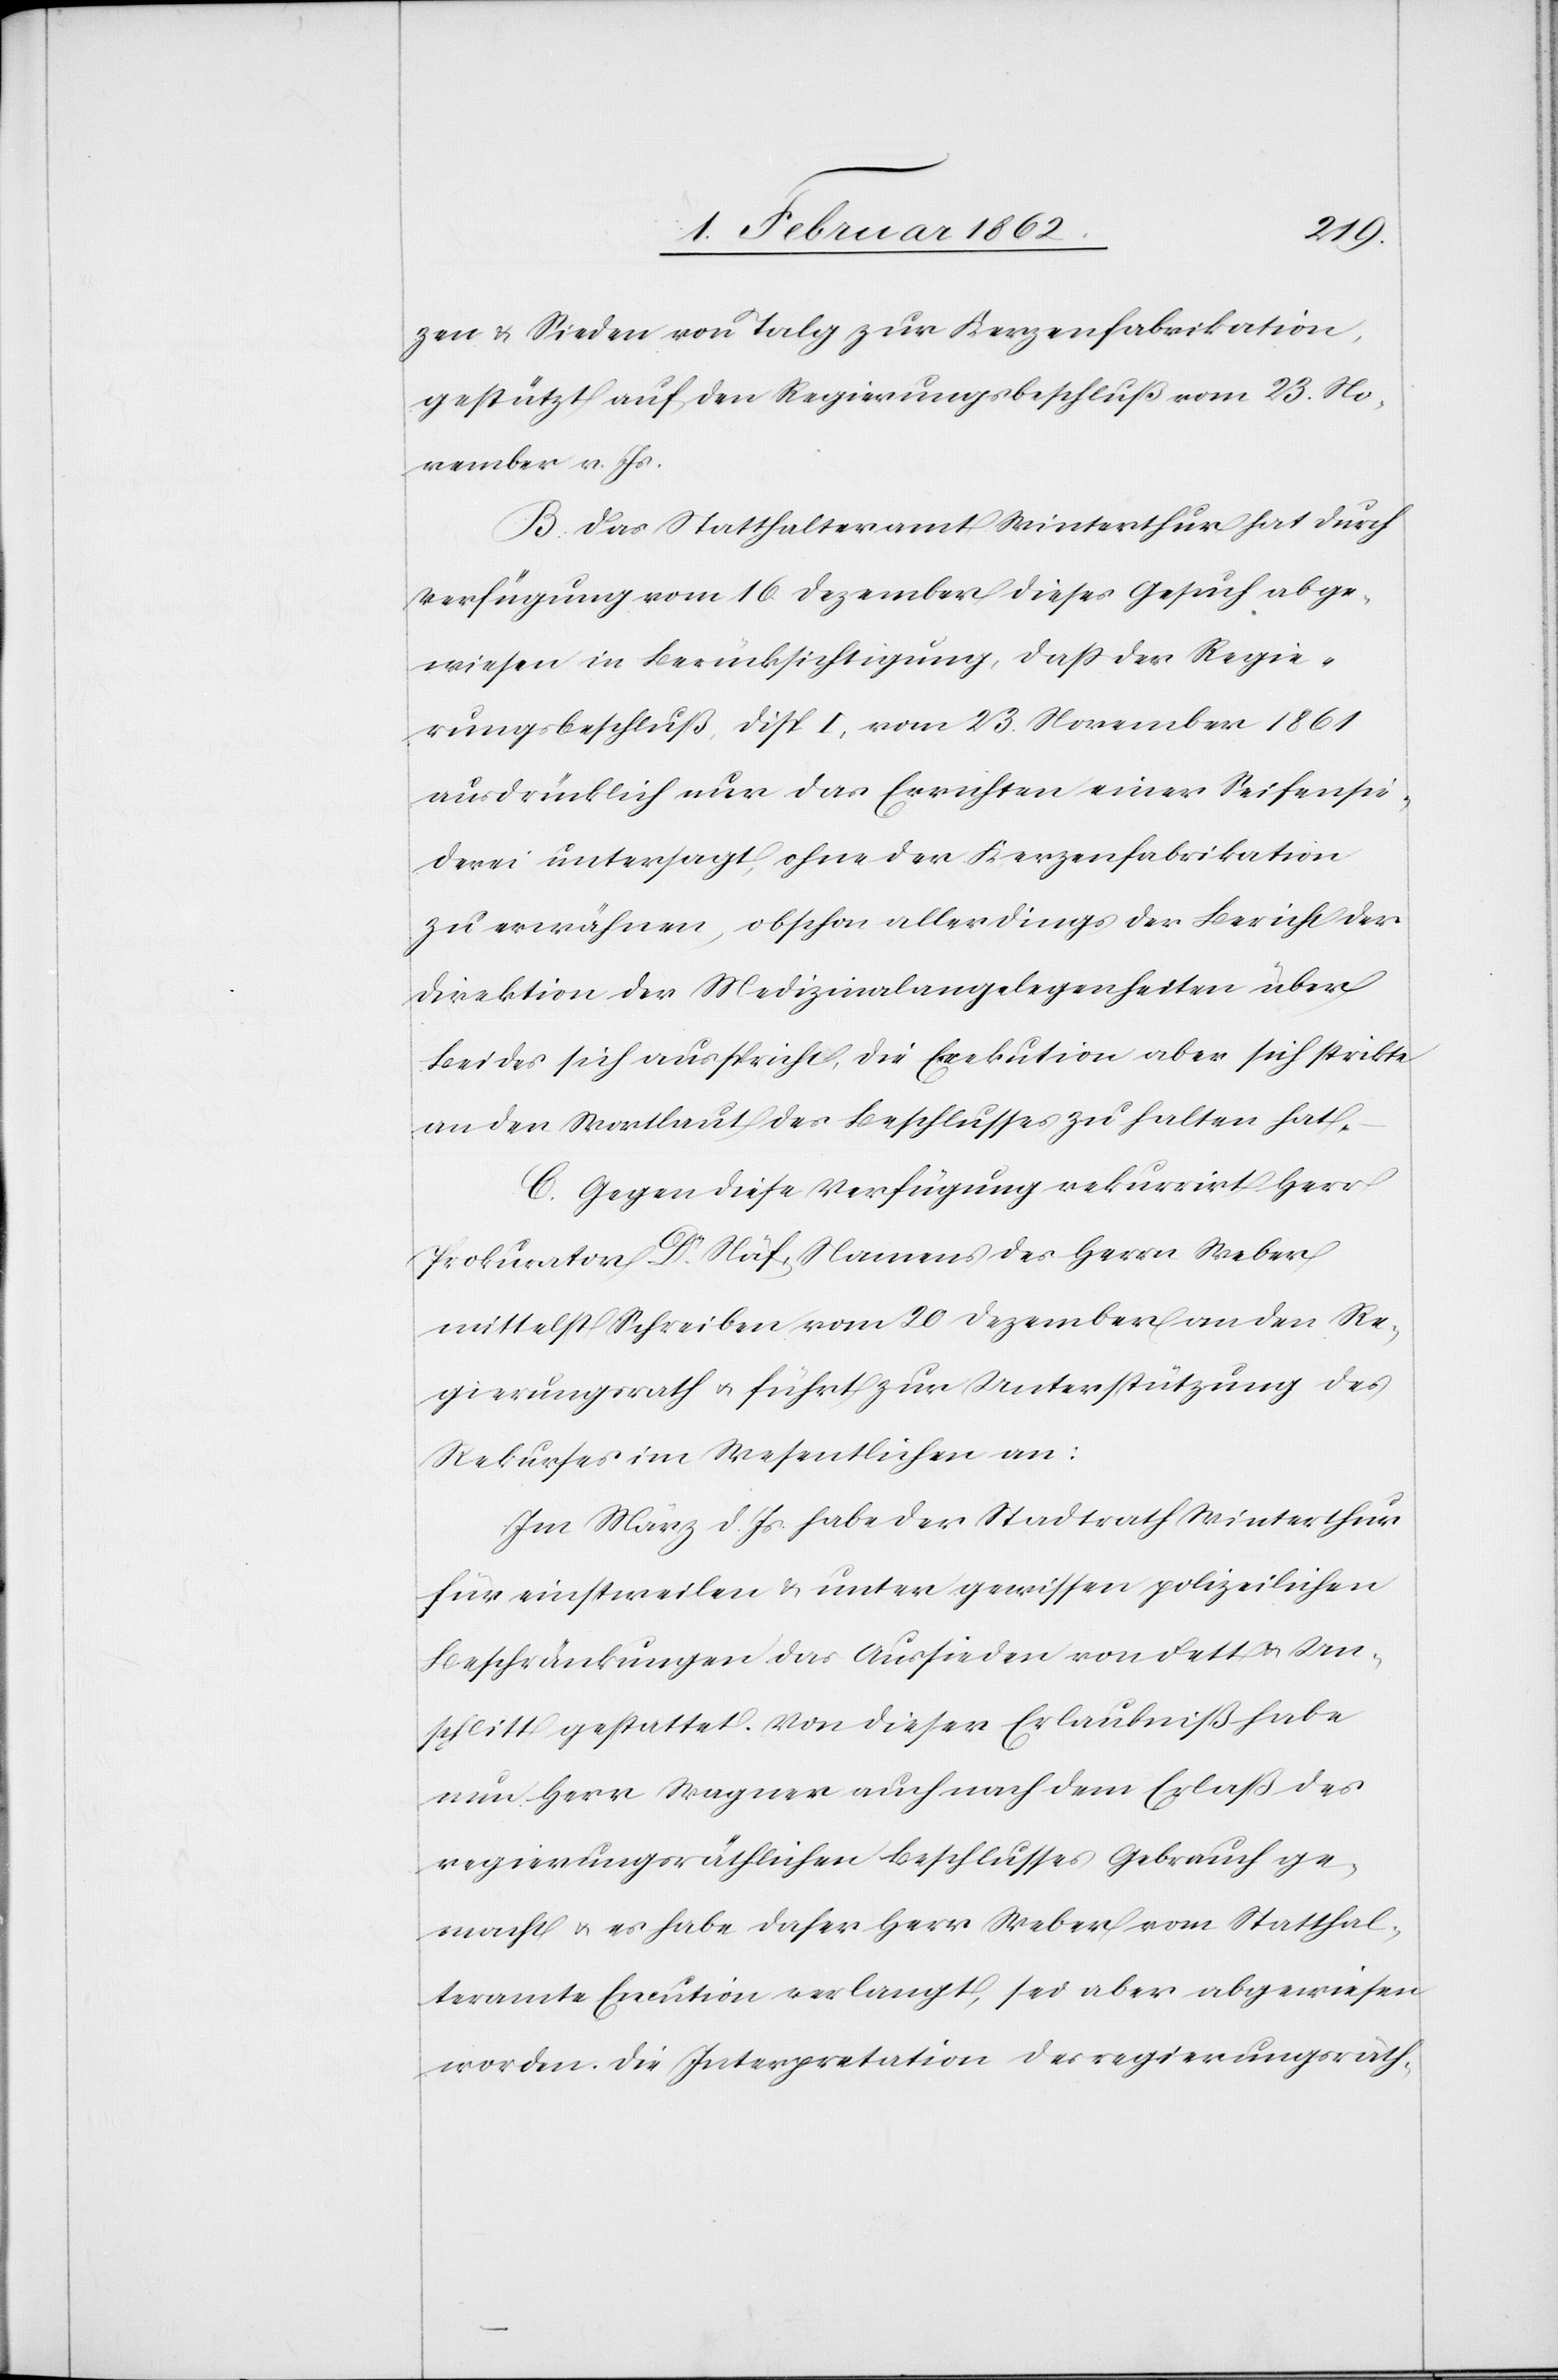
zen & Sieden von Talg zur Kerzenfabrikation,
gestützt auf den Regierungsrathsbeschluß vom 23. No¬
vember v. Js.
B. Das Statthalteramt Winterthur hat durch
Verfügung vom 16. Dezember dieses Gesuch abge¬
wiesen in Berücksichtigung, daß der Regie¬
rungsbeschluß Disp. I, vom 23. November 1861
ausdrücklich nur das Errichten einer Seifensie¬
derei untersagt, ohne der Kerzenfabrikation
zu erwähnen, obschon allerdings der Bericht der
Direktion der Medizinalangelegenheiten über
Beides sich ausspricht, die Exekution aber sich strikte
an den Wortlaut des Beschlusses zu halten hat.
C. Gegen diese Verfügung rekurrirt Herr
Prokurator Dr. Näf, Namens des Herrn Weber
mittelst Schreiben vom 20 Dezember an den Re¬
gierungsrath u. führt zur Unterstützung des
Rekurses im Wesentlichen an:
Im März d. Js. habe der Stadtrath Winterthur
für einstweilen & unter gewissen polizeilichen
Beschränkungen das Aussieden von Fett & Un¬
schlitt gestattet. Von dieser Erlaubniß habe
nun Herr Wagner auch nach dem Erlaß des
regierungsräthlichen Beschlusses Gebrauch ge¬
macht u. es habe daher Herr Weber vom Statthal¬
teramte Execution verlangt, sei aber abgewiesen
worden. Die Interpretation des regierungsräth-